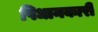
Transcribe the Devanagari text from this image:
पिधानकारी